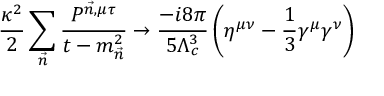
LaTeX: { \frac { \kappa ^ { 2 } } { 2 } } \sum _ { \vec { n } } { \frac { P ^ { \vec { n } , \mu \tau } } { t - m _ { \vec { n } } ^ { 2 } } } \to { \frac { - i 8 \pi } { 5 \Lambda _ { c } ^ { 3 } } } \left( \eta ^ { \mu \nu } - { \frac { 1 } { 3 } } \gamma ^ { \mu } \gamma ^ { \nu } \right) \,